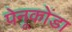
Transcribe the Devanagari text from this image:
पेनूकोंडा